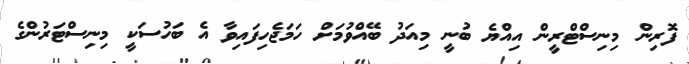
ފޮރިން މިނިސްޓްރީން އިއްޔެ ބުނީ މިއަދު ބޭއްވުމަށް ހަމަޖެހިފައިވާ އެ ބަހުސަކީ މިނިސްޓަރުންގެ